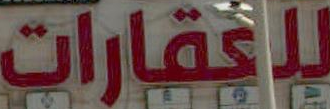
للعقارات